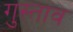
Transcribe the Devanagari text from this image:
गुस्‍ताव